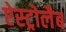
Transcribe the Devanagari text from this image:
ऐस्ट्रोलैब